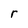
Character: r